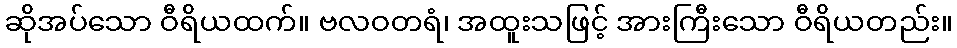
ဆိုအပ်သော ဝီရိယထက်။ ဗလဝတရံ၊ အထူးသဖြင့် အားကြီးသော ဝီရိယတည်း။